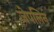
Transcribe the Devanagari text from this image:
जेपलिन